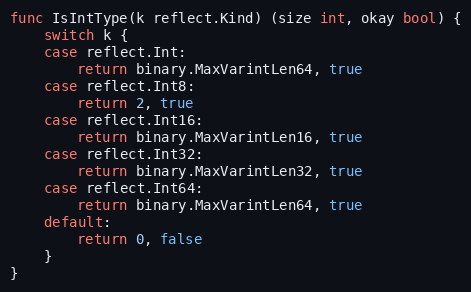
Language: Go
func IsIntType(k reflect.Kind) (size int, okay bool) {
	switch k {
	case reflect.Int:
		return binary.MaxVarintLen64, true
	case reflect.Int8:
		return 2, true
	case reflect.Int16:
		return binary.MaxVarintLen16, true
	case reflect.Int32:
		return binary.MaxVarintLen32, true
	case reflect.Int64:
		return binary.MaxVarintLen64, true
	default:
		return 0, false
	}
}